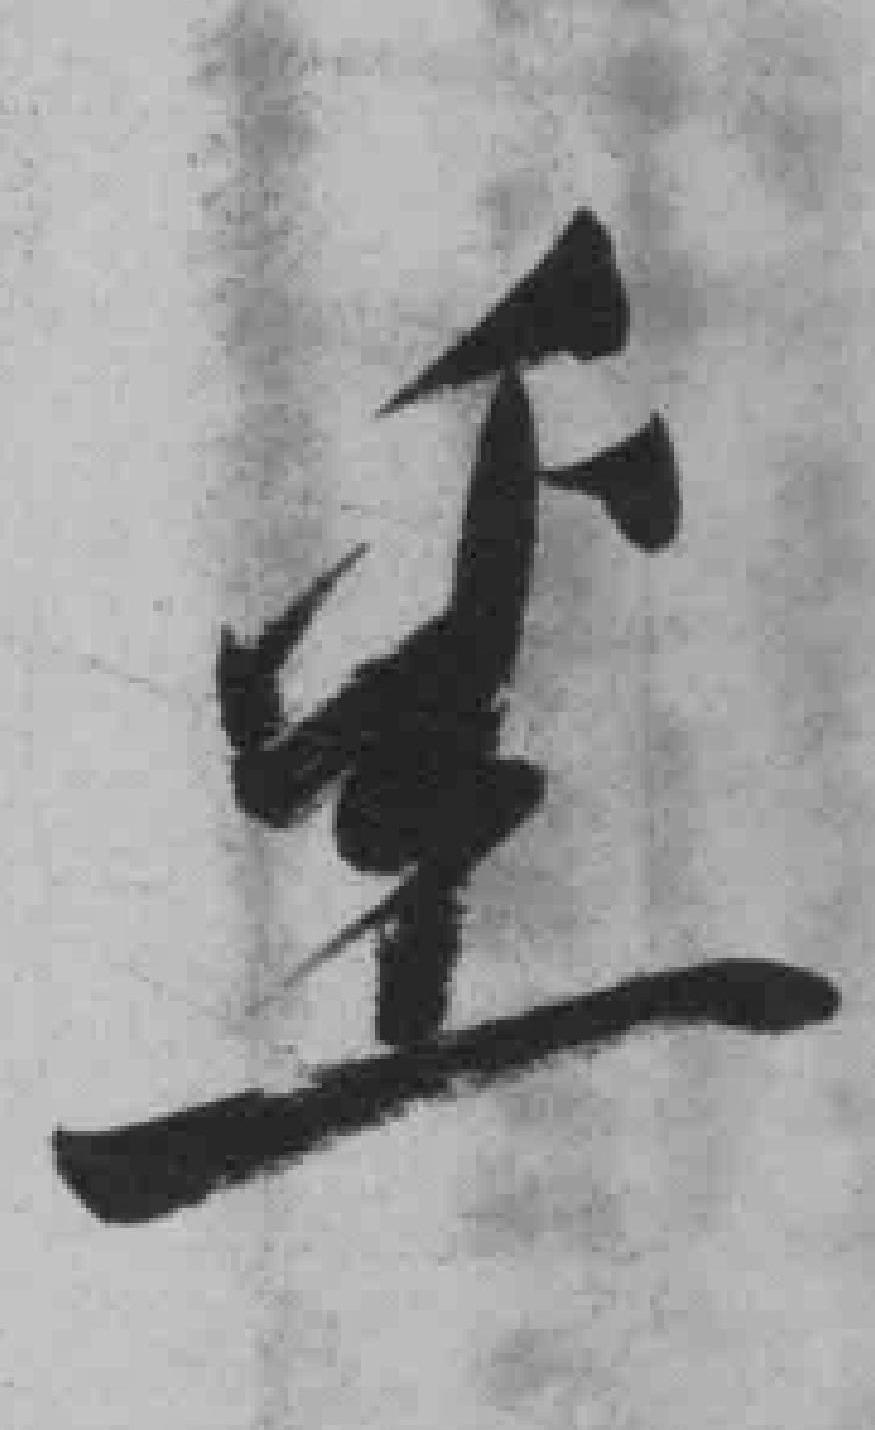
*